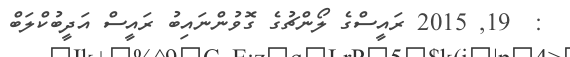
:  19